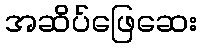
အဆိပ်ဖြေဆေး